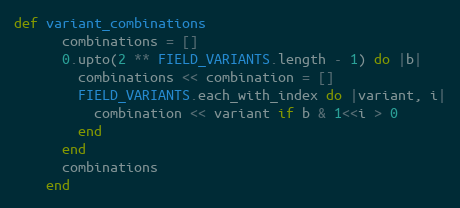
Language: Ruby
def variant_combinations
      combinations = []
      0.upto(2 ** FIELD_VARIANTS.length - 1) do |b|
        combinations << combination = []
        FIELD_VARIANTS.each_with_index do |variant, i|
          combination << variant if b & 1<<i > 0
        end
      end
      combinations
    end